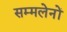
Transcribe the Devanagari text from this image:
सम्मलेनों